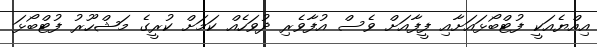
އިއްޔެއަކީ ފުޓްބޯޅައަށާއި ފީފާއަށް ވެސް އުފާވެރި ދުވަހެއް ކަމަށް ކުރީގެ މަޝްހޫރު ފުޓްބޯޅަ